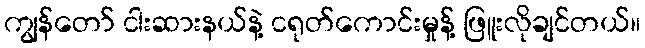
ကျွန်တော် ငါးဆားနယ်နဲ့ ငရုတ်ကောင်းမှုန့် ဖြူးလိုချင်တယ်။